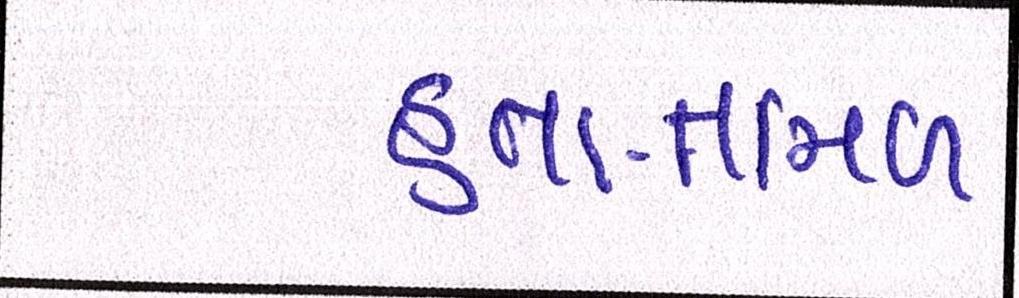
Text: હતા-તમિળ